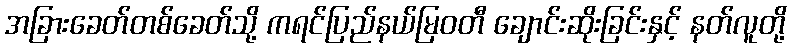
အခြားခေတ်တစ်ခေတ်သို့ ကရင်ပြည်နယ်မြဝတီ ချောင်းဆိုးခြင်းနှင့် နတ်လူတို့